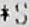
*S